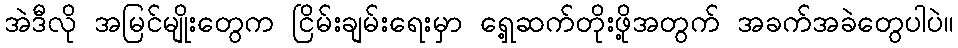
အဲဒီလို အမြင်မျိုးတွေက ငြိမ်းချမ်းရေးမှာ ရှေ့ဆက်တိုးဖို့အတွက် အခက်အခဲတွေပါပဲ။